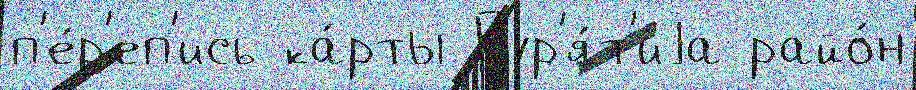
п'е́р'еп'ись ка́рты Бур'я́т'иjа райо́н